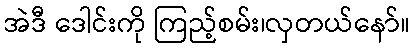
အဲဒီ ဒေါင်းကို ကြည့်စမ်း၊လှတယ်နော်။